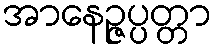
အာနေဉ္ဇပ္ပတ္တာ